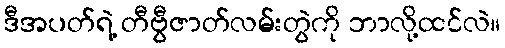
ဒီအပတ်ရဲ့ တီဗွီဇာတ်လမ်းတွဲကို ဘာလို့ထင်လဲ။